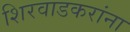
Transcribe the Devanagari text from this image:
शिरवाडकरांना